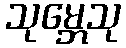
သုမ္ဘေသု